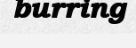
burring